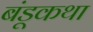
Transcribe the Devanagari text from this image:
बंडूकथा